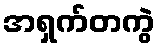
အရှက်တကွဲ